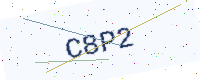
Text: C8P2